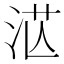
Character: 𣴭